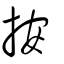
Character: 按